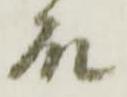
殿